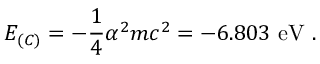
E _ { ( C ) } = - \frac { 1 } { 4 } \alpha ^ { 2 } m c ^ { 2 } = - 6 . 8 0 3 \ \mathrm { e V } \ .